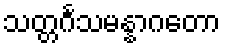
သတ္တင်္ဂသမန္နာဂတော